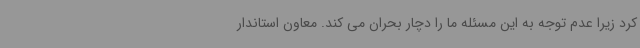
کرد زیرا عدم توجه به این مسئله ما را دچار بحران می کند. معاون استاندار